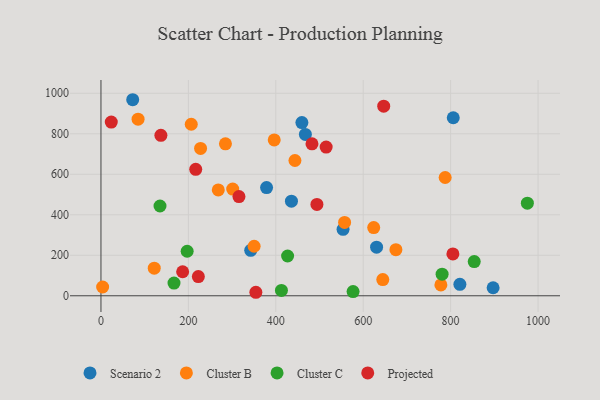
{"axis": {"x": "Experience", "y": "Profit"}, "legend": ["Cluster B", "Cluster C", "Projected", "Scenario 2"], "data": [{"x": "378.9", "y": 534.3, "type": "Scenario 2"}, {"x": "897.2", "y": 39.6, "type": "Scenario 2"}, {"x": "459.7", "y": 855.3, "type": "Scenario 2"}, {"x": "72.6", "y": 968.1, "type": "Scenario 2"}, {"x": "342.6", "y": 224.2, "type": "Scenario 2"}, {"x": "806.0", "y": 879.2, "type": "Scenario 2"}, {"x": "630.6", "y": 240.0, "type": "Scenario 2"}, {"x": "821.2", "y": 56.6, "type": "Scenario 2"}, {"x": "435.8", "y": 466.9, "type": "Scenario 2"}, {"x": "553.9", "y": 328.2, "type": "Scenario 2"}, {"x": "467.7", "y": 796.9, "type": "Scenario 2"}, {"x": "443.8", "y": 668.0, "type": "Cluster B"}, {"x": "284.8", "y": 750.4, "type": "Cluster B"}, {"x": "557.4", "y": 362.4, "type": "Cluster B"}, {"x": "644.8", "y": 79.9, "type": "Cluster B"}, {"x": "674.8", "y": 227.6, "type": "Cluster B"}, {"x": "3.8", "y": 43.3, "type": "Cluster B"}, {"x": "396.4", "y": 769.4, "type": "Cluster B"}, {"x": "787.5", "y": 584.1, "type": "Cluster B"}, {"x": "777.7", "y": 53.8, "type": "Cluster B"}, {"x": "624.0", "y": 336.9, "type": "Cluster B"}, {"x": "227.9", "y": 727.5, "type": "Cluster B"}, {"x": "84.9", "y": 872.0, "type": "Cluster B"}, {"x": "350.4", "y": 244.5, "type": "Cluster B"}, {"x": "206.6", "y": 846.9, "type": "Cluster B"}, {"x": "301.4", "y": 526.9, "type": "Cluster B"}, {"x": "268.4", "y": 522.5, "type": "Cluster B"}, {"x": "121.9", "y": 136.4, "type": "Cluster B"}, {"x": "427.0", "y": 196.4, "type": "Cluster C"}, {"x": "576.8", "y": 20.7, "type": "Cluster C"}, {"x": "135.1", "y": 443.4, "type": "Cluster C"}, {"x": "197.2", "y": 220.0, "type": "Cluster C"}, {"x": "854.0", "y": 168.7, "type": "Cluster C"}, {"x": "167.1", "y": 62.9, "type": "Cluster C"}, {"x": "780.5", "y": 106.8, "type": "Cluster C"}, {"x": "975.6", "y": 457.4, "type": "Cluster C"}, {"x": "412.9", "y": 26.4, "type": "Cluster C"}, {"x": "354.4", "y": 17.3, "type": "Projected"}, {"x": "186.9", "y": 118.6, "type": "Projected"}, {"x": "482.8", "y": 750.2, "type": "Projected"}, {"x": "315.7", "y": 489.9, "type": "Projected"}, {"x": "646.9", "y": 936.3, "type": "Projected"}, {"x": "805.2", "y": 206.7, "type": "Projected"}, {"x": "23.6", "y": 857.6, "type": "Projected"}, {"x": "494.1", "y": 451.2, "type": "Projected"}, {"x": "137.1", "y": 792.4, "type": "Projected"}, {"x": "515.2", "y": 734.1, "type": "Projected"}, {"x": "222.8", "y": 94.8, "type": "Projected"}, {"x": "216.8", "y": 624.6, "type": "Projected"}]}